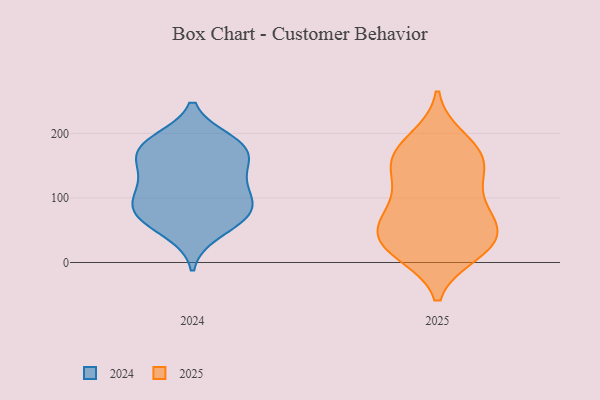
{"axis": {"x": "Page Views", "y": "Value"}, "legend": ["2024", "2025"], "data": [{"x": "", "y": 15, "type": "2025"}, {"x": "", "y": 191, "type": "2025"}, {"x": "", "y": 28, "type": "2025"}, {"x": "", "y": 24, "type": "2025"}, {"x": "", "y": 163, "type": "2025"}, {"x": "", "y": 77, "type": "2025"}, {"x": "", "y": 53, "type": "2025"}, {"x": "", "y": 124, "type": "2025"}, {"x": "", "y": 178, "type": "2025"}, {"x": "", "y": 85, "type": "2025"}, {"x": "", "y": 49, "type": "2025"}, {"x": "", "y": 20, "type": "2025"}, {"x": "", "y": 163, "type": "2025"}, {"x": "", "y": 139, "type": "2025"}, {"x": "", "y": 40, "type": "2025"}, {"x": "", "y": 78, "type": "2025"}, {"x": "", "y": 149, "type": "2025"}, {"x": "", "y": 81, "type": "2024"}, {"x": "", "y": 183, "type": "2024"}, {"x": "", "y": 117, "type": "2024"}, {"x": "", "y": 103, "type": "2024"}, {"x": "", "y": 47, "type": "2024"}, {"x": "", "y": 73, "type": "2024"}, {"x": "", "y": 68, "type": "2024"}, {"x": "", "y": 177, "type": "2024"}, {"x": "", "y": 178, "type": "2024"}, {"x": "", "y": 146, "type": "2024"}, {"x": "", "y": 76, "type": "2024"}, {"x": "", "y": 101, "type": "2024"}, {"x": "", "y": 138, "type": "2024"}, {"x": "", "y": 164, "type": "2024"}, {"x": "", "y": 188, "type": "2024"}]}